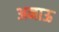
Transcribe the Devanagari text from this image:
अनाऊ